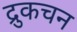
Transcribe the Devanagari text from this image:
द्रुकचन